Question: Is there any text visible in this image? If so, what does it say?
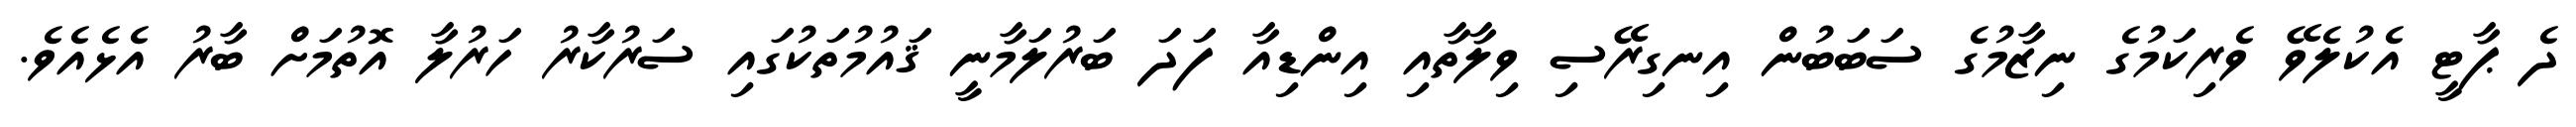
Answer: ދެ ޕާޓީ އެކުލެވޭ ވެރިކަމުގެ ނިޒާމުގެ ސަބަބުން އިނގިރޭސި ވިލާތާއި އިންޑިއާ ފަދަ ބަރުލަމާނީ ޤައުމުތަކުގައި ސަރުކާރު ހަރުލާ އޮތުމަށް ބާރު އެޅެއެވެ.